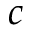
c